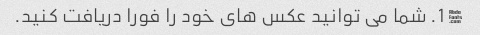
$ 1. شما می توانید عکس های خود را فورا دریافت کنید.